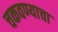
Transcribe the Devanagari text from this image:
चकवण्याचा